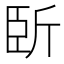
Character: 𣂜